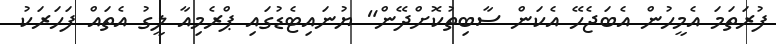
ފުރަތަމަ އެމީހުން އެބަޖެހޭ އެކަން ސާބިތުކޮށްދޭން" ޔުނައިޓެޑުގައި ޕްރެމިއާ ލީގު އެތައް ފަހަރަކު